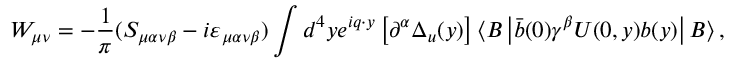
W _ { \mu \nu } = - \frac { 1 } { \pi } ( S _ { \mu \alpha \nu \beta } - i \varepsilon _ { \mu \alpha \nu \beta } ) \int d ^ { 4 } y e ^ { i q \cdot y } \left[ \partial ^ { \alpha } \Delta _ { u } ( y ) \right] \langle B \left| \bar { b } ( 0 ) \gamma ^ { \beta } U ( 0 , y ) b ( y ) \right| B \rangle \, ,